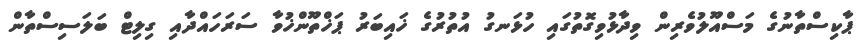
ޕާކިސްތާނުގެ މަސްއޫލުވެރިން ވިދާޅުވިގޮތުގައި ހުޅަނގު އުތުރުގެ ޚައިބަރު ޕަޚްތޫންޚުވާ ސަރަހައްދާއި ގިލިޓް ބަލަސިސްތާން